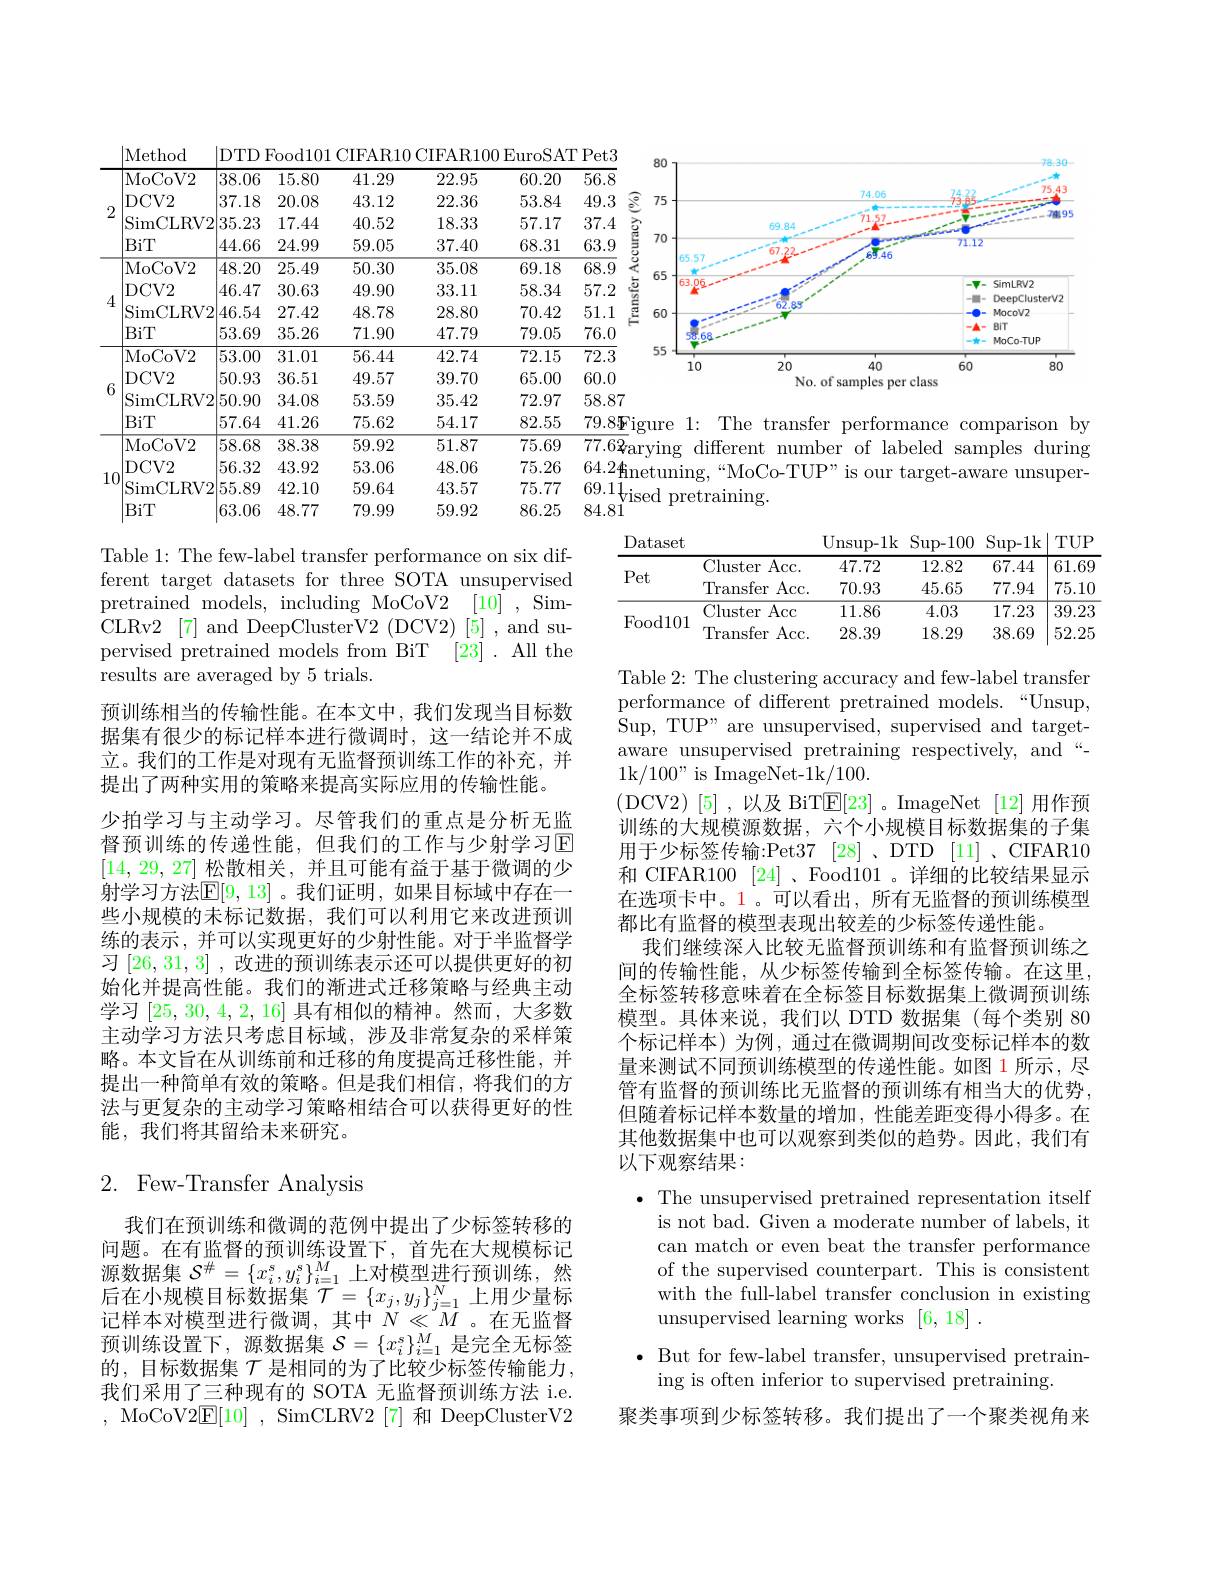
<FigureHere>

Unsup-1k Sup-100 Sup-1k TUP

Dataset
<table>
	<tbody>
		<tr>
			<th rowspan="4">Pet</th>
			<th rowspan="4">Cluster Acc. Transfer Acc. </th>
			<th>47.72 70.93</th>
			<th>12.82 45.65</th>
			<th>67.44 77.94</th>
			<th>61.69 75.10</th>
		</tr>
		<tr>
			<th>47.72</th>
			<th>12.82</th>
			<th>67.44</th>
			<th>61.69</th>
		</tr>
		<tr>
			<th>47.72 70.93</th>
			<th>12.82 45.65</th>
			<th>67.44 77.94</th>
			<th>61.69 75.10</th>
		</tr>
		<tr>
			<th>70.93</th>
			<th>45.65</th>
			<th>77.94</th>
			<th>75.10</th>
		</tr>
		<tr>
			<td rowspan="2">Food101</td>
			<td>Cluster Acc </td>
			<td>11.86</td>
			<td>4.03</td>
			<td>17.23</td>
			<td>39.23</td>
		</tr>
		<tr>
			<td>Transfer Acc.</td>
			<td>28.39</td>
			<td>18.29</td>
			<td>38.69</td>
			<td>52.25</td>
		</tr>
	</tbody>
</table>

Table 1: The few-label transfer performance on six different target datasets for three SOTA unsupervised
[10] , Sim-
pretrained models, including MoCoV2
$CLRv[ LBOS] 2$ [7] and DeepClusterV2 (DCV2)[5]$, and supervised pretrained models from BiT [23]. All the results are averaged by 5 trials.
预训练相当的传输性能。在本文中，我们发现当目标数据集有很少的标记样本进行微调时，这一结论并不成立。我们的工作是对现有无监督预训练工作的补充，并提出了两种实用的策略来提高实际应用的传输性能。
少拍学习与主动学习。尽管我们的重点是分析无监督预训练的传递性能，但我们的工作与少射学习区[14,29,27]松散相关，并且可能有益于基于微调的少射学习方法$\mathbb{E}[9,13]$。我们证明，如果目标域中存在一些小规模的未标记数据，我们可以利用它来改进预训练的表示，并可以实现更好的少射性能。对于半监督学习[26,31,3] ,改进的预训练表示还可以提供更好的初始化并提高性能。我们的渐进式迁移策略与经典主动学习[25,30,4,2,16]具有相似的精神。然而，大多数主动学习方法只考虑目标域，涉及非常复杂的采样策略。本文旨在从训练前和迁移的角度提高迁移性能，并提出一种简单有效的策略。但是我们相信，将我们的方法与更复杂的主动学习策略相结合可以获得更好的性能，我们将其留给未来研究。

Table 2: The clustering accuracy and few-label transfer performance of different pretrained models.“Unsup, Sup, TUP" are unsupervised, supervised and targetaware unsupervised pretraining respectively, and“- 1k/100" is ImageNet-1k/100.
(DCV2)[5] ,以及 BiTE[23] 。ImageNet [12]用作预训练的大规模源数据，六个小规模目标数据集的子集用于少标签传输：Pet37 [28]、DTD [11]、CIFAR10和 CIFAR100 [24] 、Food101 。详细的比较结果显示在选项卡中。1。可以看出，所有无监督的预训练模型都比有监督的模型表现出较差的少标签传递性能
我们继续深人比较无监督预训练和有监督预训练之间的传输性能，从少标签传输到全标签传输。在这里， 全标签转移意味着在全标签目标数据集上微调预训练模型。具体来说，我们以 DTD 数据集(每个类别 80个标记样本)为例，通过在微调期间改变标记样本的数量来测试不同预训练模型的传递性能。如图 1 所示，尽管有监督的预训练比无监督的预训练有相当大的优势， 但随着标记样本数量的增加，性能差距变得小得多。在其他数据集中也可以观察到类似的趋势。因此，我们有以下观察结果：

## 2. Few-Transfer Analysis

$\bullet$ The unsupervised pretrained representation itself

is not bad. Given a moderate number of labels, it

can match or even beat the transfer performance

of the supervised counterpart. This is consistent

with the full-label transfer conclusion in existing

unsupervised learning works [6,18] .

我们在预训练和微调的范例中提出了少标签转移的问题。在有监督的预训练设置下，首先在大规模标记源数据集$\mathcal{S}^\#=\{x_i^s,y_i^s\}_{i=1}^M$上对模型进行预训练，然后在小规模目标数据集$\mathcal{T}=\{x_j,y_j\}_{j=1}^N$上用少量标记样本对模型进行微调，其中$N\ll M$。在无监督预训练设置下，源数据集$\mathcal{S}=\{x_i^s\}_{i=1}^M$是完全无标签的，目标数据集$\mathcal{T}$是相同的为了比较少标签传输能力， 我们采用了三种现有的 SOTA 无监督预训练方法 i.e. , MoCoV2$\underline{\mathrm{E}}[10]$, SimCLRV2[7]和 DeepClusterV2

$\bullet$ But for few-label transfer, unsupervised pretrain-
ing is often inferior to supervised pretraining.

聚类事项到少标签转移。我们提出了一个聚类视角来